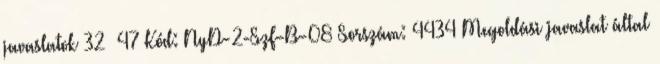
javaslatok 32 47 Kód: NyD-2-SzF-B-08 Sorszám: 4434 Megoldási javaslat által